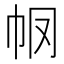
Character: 𢁶